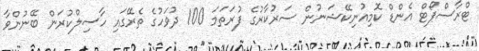
ޓްރާސްޕޯޓް އެންޑް ކޮމިއުނިކޭޝަނުން ސަރުކާރުގެ ފުރަތަމަ 100 ދުވަހުގެ ތެރޭގައި ހާސިލްކުރަން ބޭނުންވާ